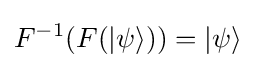
F^{-1}(F(|\psi \rangle ))=|\psi \rangle